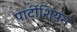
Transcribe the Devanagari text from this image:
पार्टीशियन